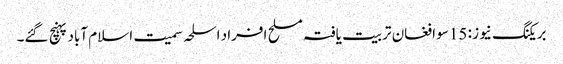
بریکنگ نیوز : 15سو افغان تربیت یافتہ مسلح افراد اسلحہ سمیت اسلام آباد پہنچ گئے۔